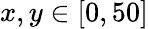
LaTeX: x,y\in[0,50]